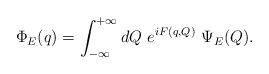
LaTeX: \begin{align*}\Phi _E(q)=\int_{-\infty }^{+\infty }dQ~e^{iF(q,Q)}~\Psi _E(Q).\end{align*}